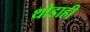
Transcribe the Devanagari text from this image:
थोडाही